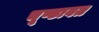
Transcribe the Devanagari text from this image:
चूण्डावत